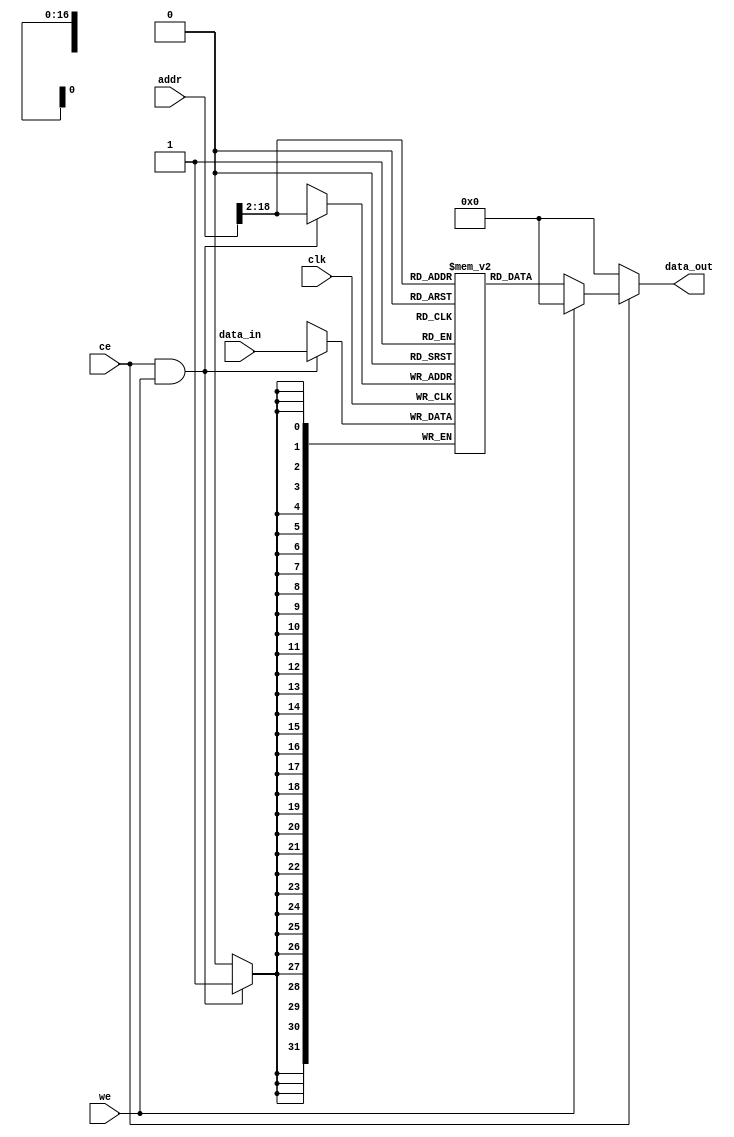
`timescale 1ns / 1ps
//////////////////////////////////////////////////////////////////////////////////
// Company: NCUT
// Module Name: data_ram
// Description: 
//////////////////////////////////////////////////////////////////////////////////

module data_ram(
    input clk,
    input ce,//
    input we,//
    input [31:0] addr,//
    input [31:0] data_in,//
    output reg[31:0] data_out//
    );
    reg[31:0] data_mem[0:131070];
    always @(posedge clk)begin
        if((ce!=1'b0)&&(we==1'b1)) data_mem[addr[18:2]]<=data_in;
        //cpu4,2
    end
    always @(*)begin
        if(ce==1'b0) data_out<=32'h00000000;
        else if(we==1'b0) data_out<=data_mem[addr[18:2]];
        else data_out<=32'h00000000;
    end
endmodule